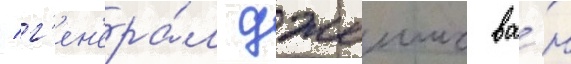
/ г'ен'ера́л джеимс ва́н